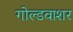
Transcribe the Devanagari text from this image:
गोल्डवाशर